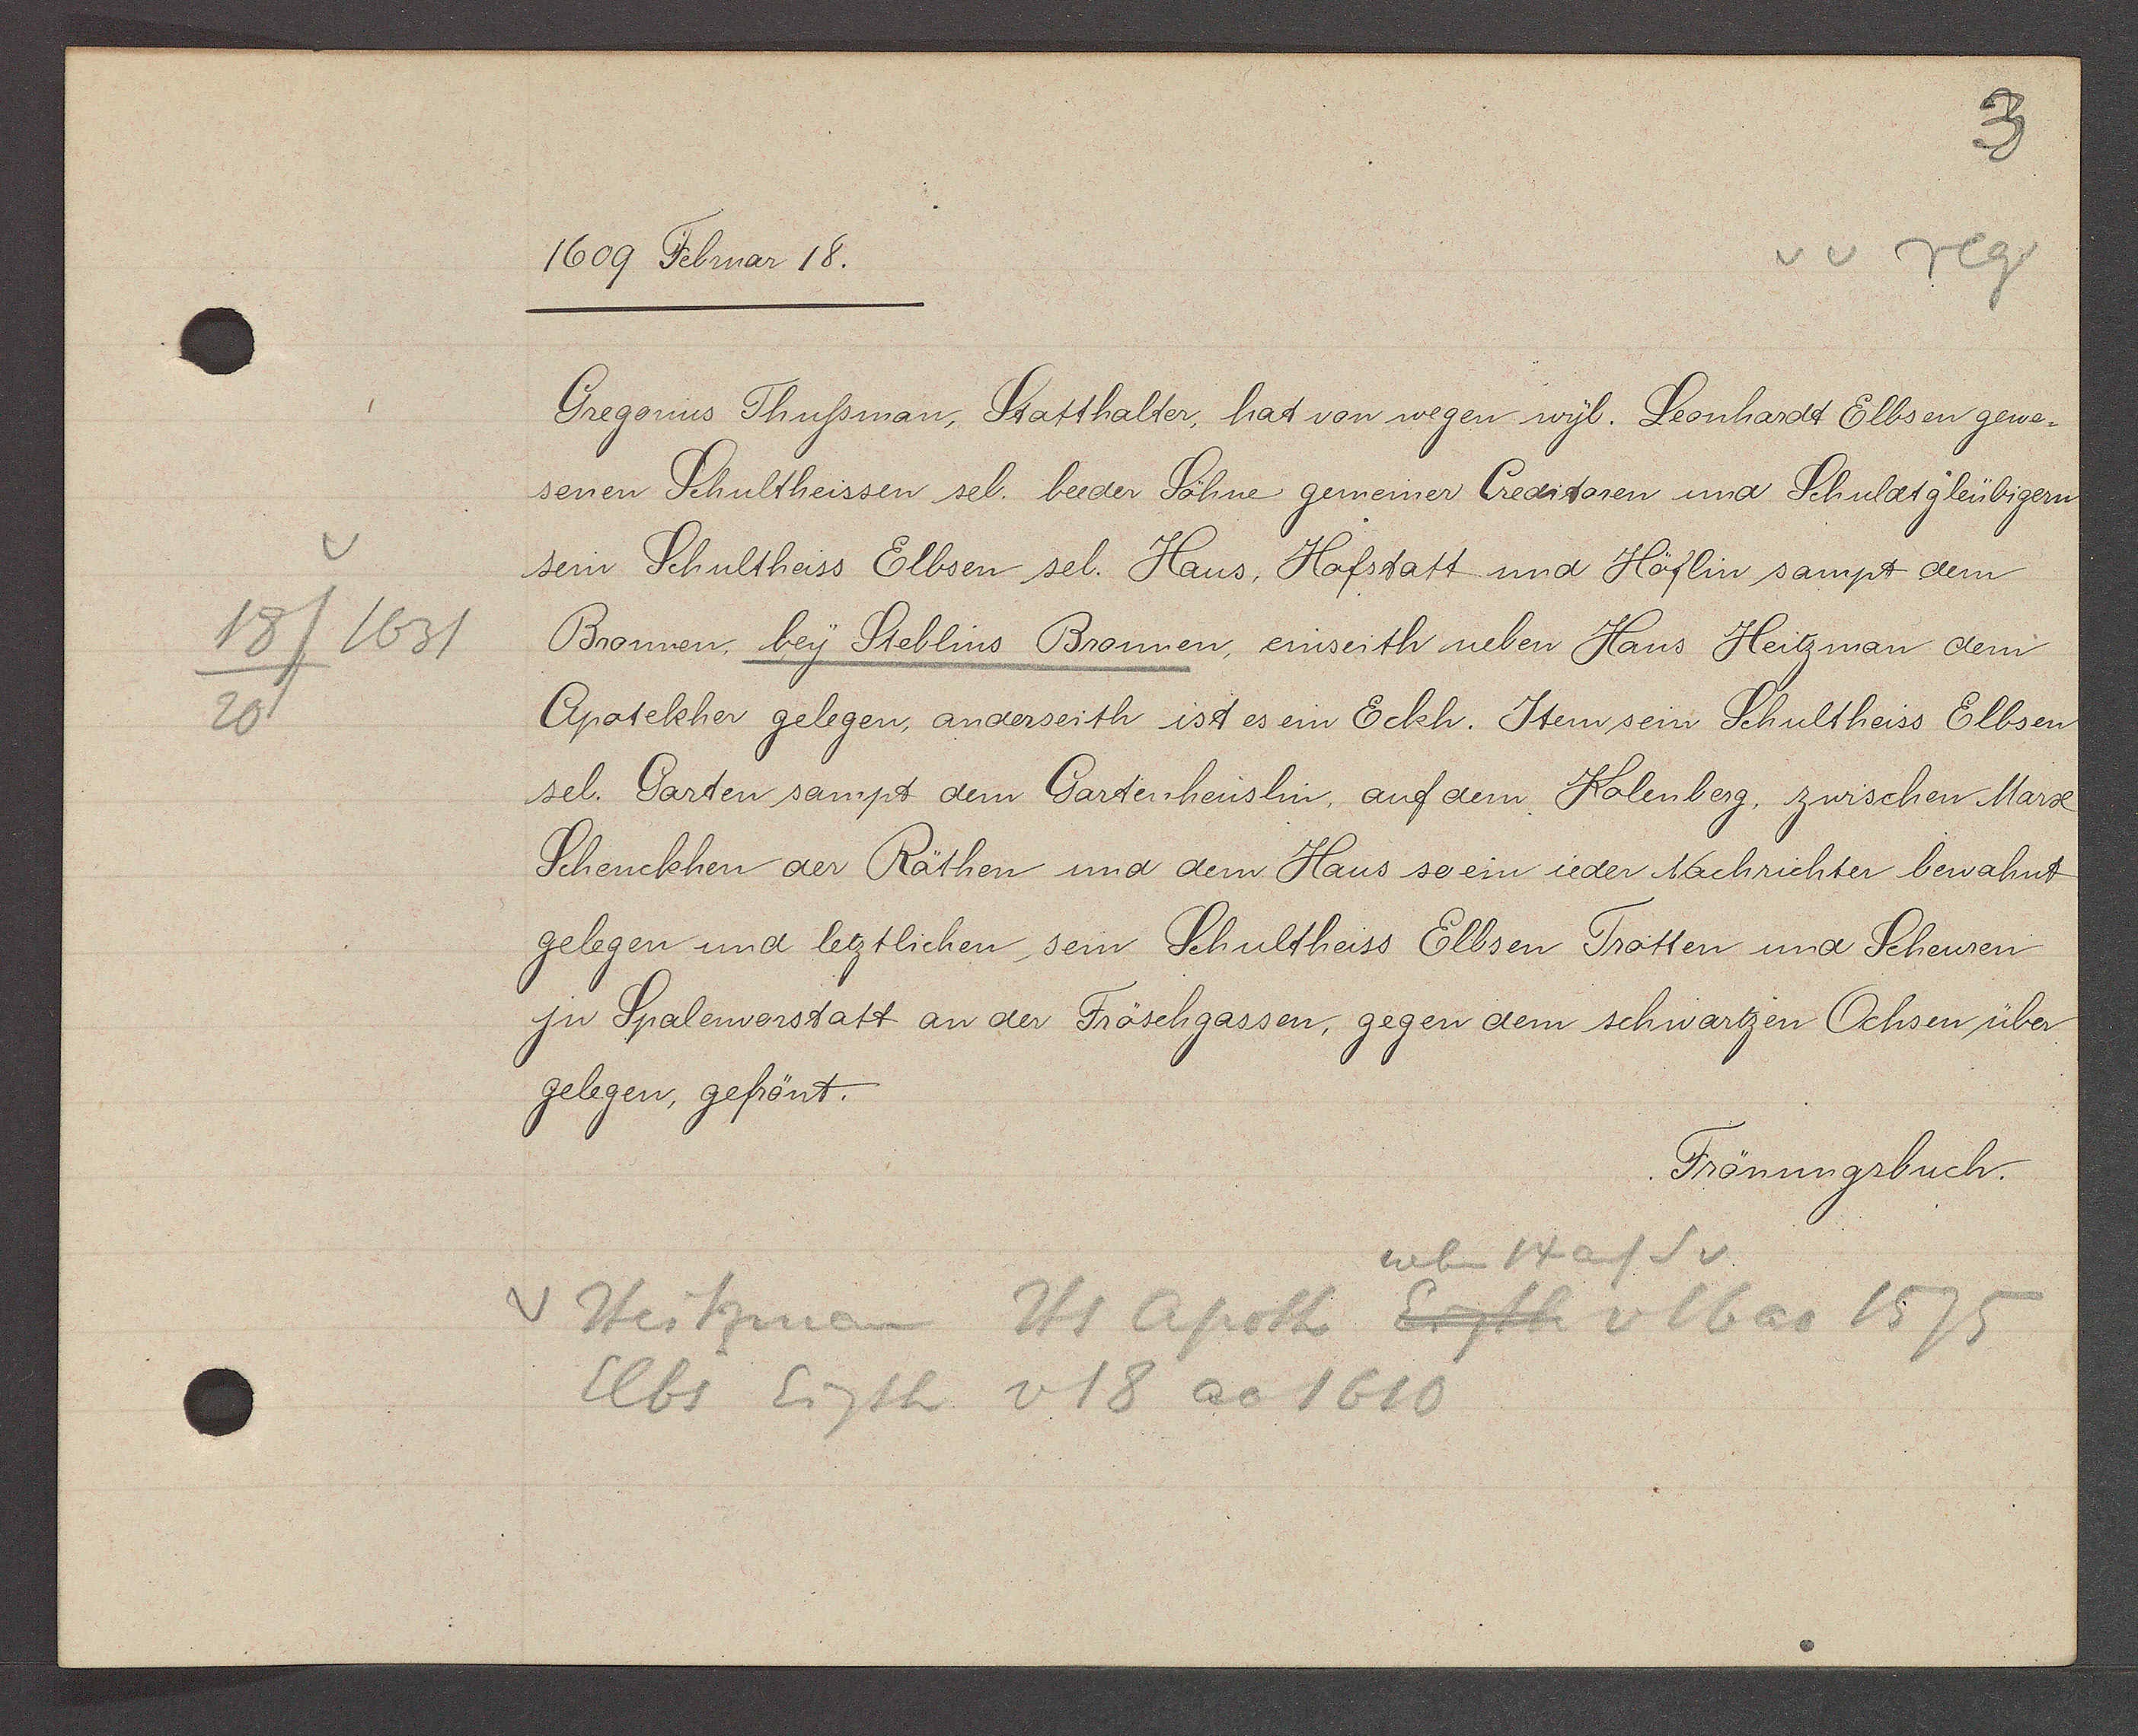
Transcript:
18/1631
20

1609 Februar 18.

Gregorius Thussman, Statthalter, hat von wegen wyl. Leonhardt Elbsen gewe-
senen Schultheissen sel. beeder Söhne gemeiner Creditoren und Schuldtgleübigern
sein Schultheiss Elbsen sel. Haus, Hofstatt und Höflin sampt dem
Bronnen, bey Steblins Bronnen, einseith neben Hans Heitzman dem
Apotekher gelegen, anderseith ist es ein Eckh. Item sein Schultheiss Elbsen
sel. Garten sampt dem Gartenheüslin, auf dem Kolenberg, zwischen Marx
Schenckhen der Räthen und dem Haus so ein ieder Nachrichter bewahnt
gelegen und letztlichen sein Schultheiss Elbsen Trotten und Scheuren
jn Spalenvorstatt an der Fröschgassen, gegen dem schwartzen Ochsen über¬
gelegen, gefrönt.

Frönungsbuch.

neben 14 auf S v
v Heitzmann Hs Apoth Eigth v 16 ao 1575
Elbs Eigth v 18 ao 1610